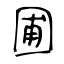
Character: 圃